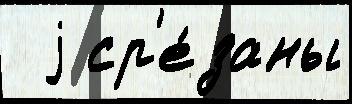
  j ср'е́заны